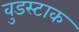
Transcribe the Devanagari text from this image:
वुडस्टाक